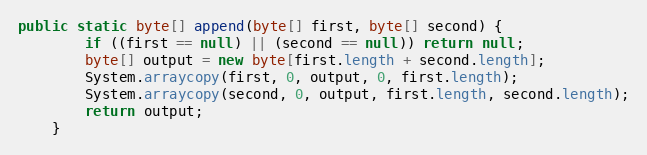
Language: Java
public static byte[] append(byte[] first, byte[] second) {
        if ((first == null) || (second == null)) return null;
        byte[] output = new byte[first.length + second.length];
        System.arraycopy(first, 0, output, 0, first.length);
        System.arraycopy(second, 0, output, first.length, second.length);
        return output;
    }